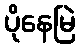
ပိုနေမြဲ